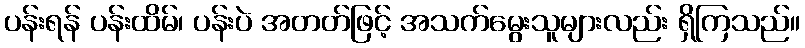
ပန်းရန် ပန်းထိမ်၊ ပန်းပဲ အတတ်ဖြင့် အသက်မွေးသူများလည်း ရှိကြသည်။